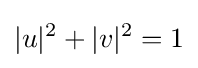
|u|^{2}+|v|^{2}=1